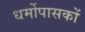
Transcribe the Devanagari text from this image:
धर्मोपासकों